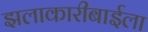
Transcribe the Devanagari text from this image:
झलाकारीबाईला